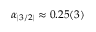
\alpha _ { | 3 / 2 | } \approx 0 . 2 5 ( 3 )